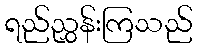
ရည်ညွှန်းကြသည်